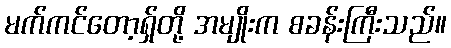
မက်ကင်တော့ရှ်တို့ အမျိုးက စခန်းကြီးသည်။